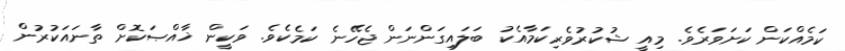
ކަމެއްކަން ކަށަވަރެވެ. މިއީ ޝުކުރުވެރިކަމާއެކު ބަލައިގަންނަން ޖެހޭނެ ކަމެކެވެ. ވަކީން ޚާއްޞަކޮށް ތާނައަކުރުން